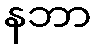
နဘာ